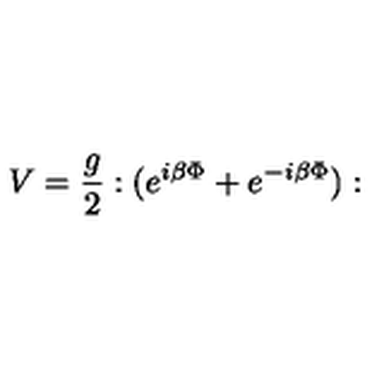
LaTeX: V = \frac { g } { 2 } : ( e ^ { i \beta \Phi } + e ^ { - i \beta \Phi } ) :